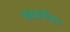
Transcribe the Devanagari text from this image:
नवकवींच्या